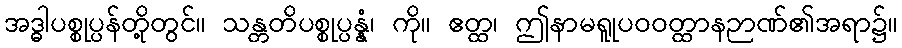
အဒ္ဓါပစ္စုပ္ပန်တို့တွင်။ သန္တတိပစ္စုပ္ပန္နံ၊ ကို။ ဧတ္ထ၊ ဤနာမရူုပဝဝတ္ထာနဉာဏ်၏အရာ၌။